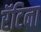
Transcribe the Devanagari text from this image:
रॅटिना